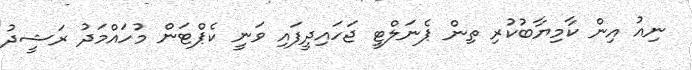
ނިއު އިން ކާމިޔާބުކުރި ތިން ޕެނަލްޓީ ޖަހައިދީފައި ވަނީ ކެޕްޓަން މުހައްމަދު ރަޝީދު